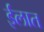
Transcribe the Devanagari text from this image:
ईलात